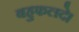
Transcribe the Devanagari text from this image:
बहुफलदे।